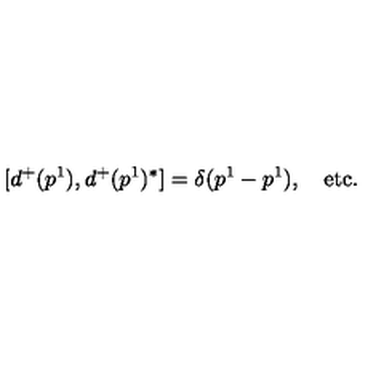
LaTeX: [ d ^ { + } ( p ^ { 1 } ) , d ^ { + } ( p ^ { 1 } ) ^ { * } ] = \delta ( p ^ { 1 } - p ^ { 1 } ) , \quad \mathrm { e t c . }